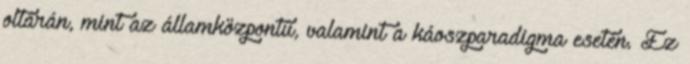
oltárán, mint az államközpontú, valamint a káoszparadigma esetén. Ez